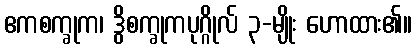
ဧကစက္ခုက၊ ဒွိစက္ခုကပုဂ္ဂိုလ် ၃-မျိုး ဟောထား၏။